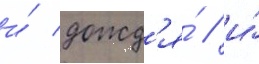
и́ дожд'я́ / и́